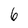
Character: 6